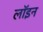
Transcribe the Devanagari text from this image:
लॉइन